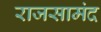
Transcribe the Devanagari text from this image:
राजसामंद